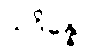
သုဒိန္နော